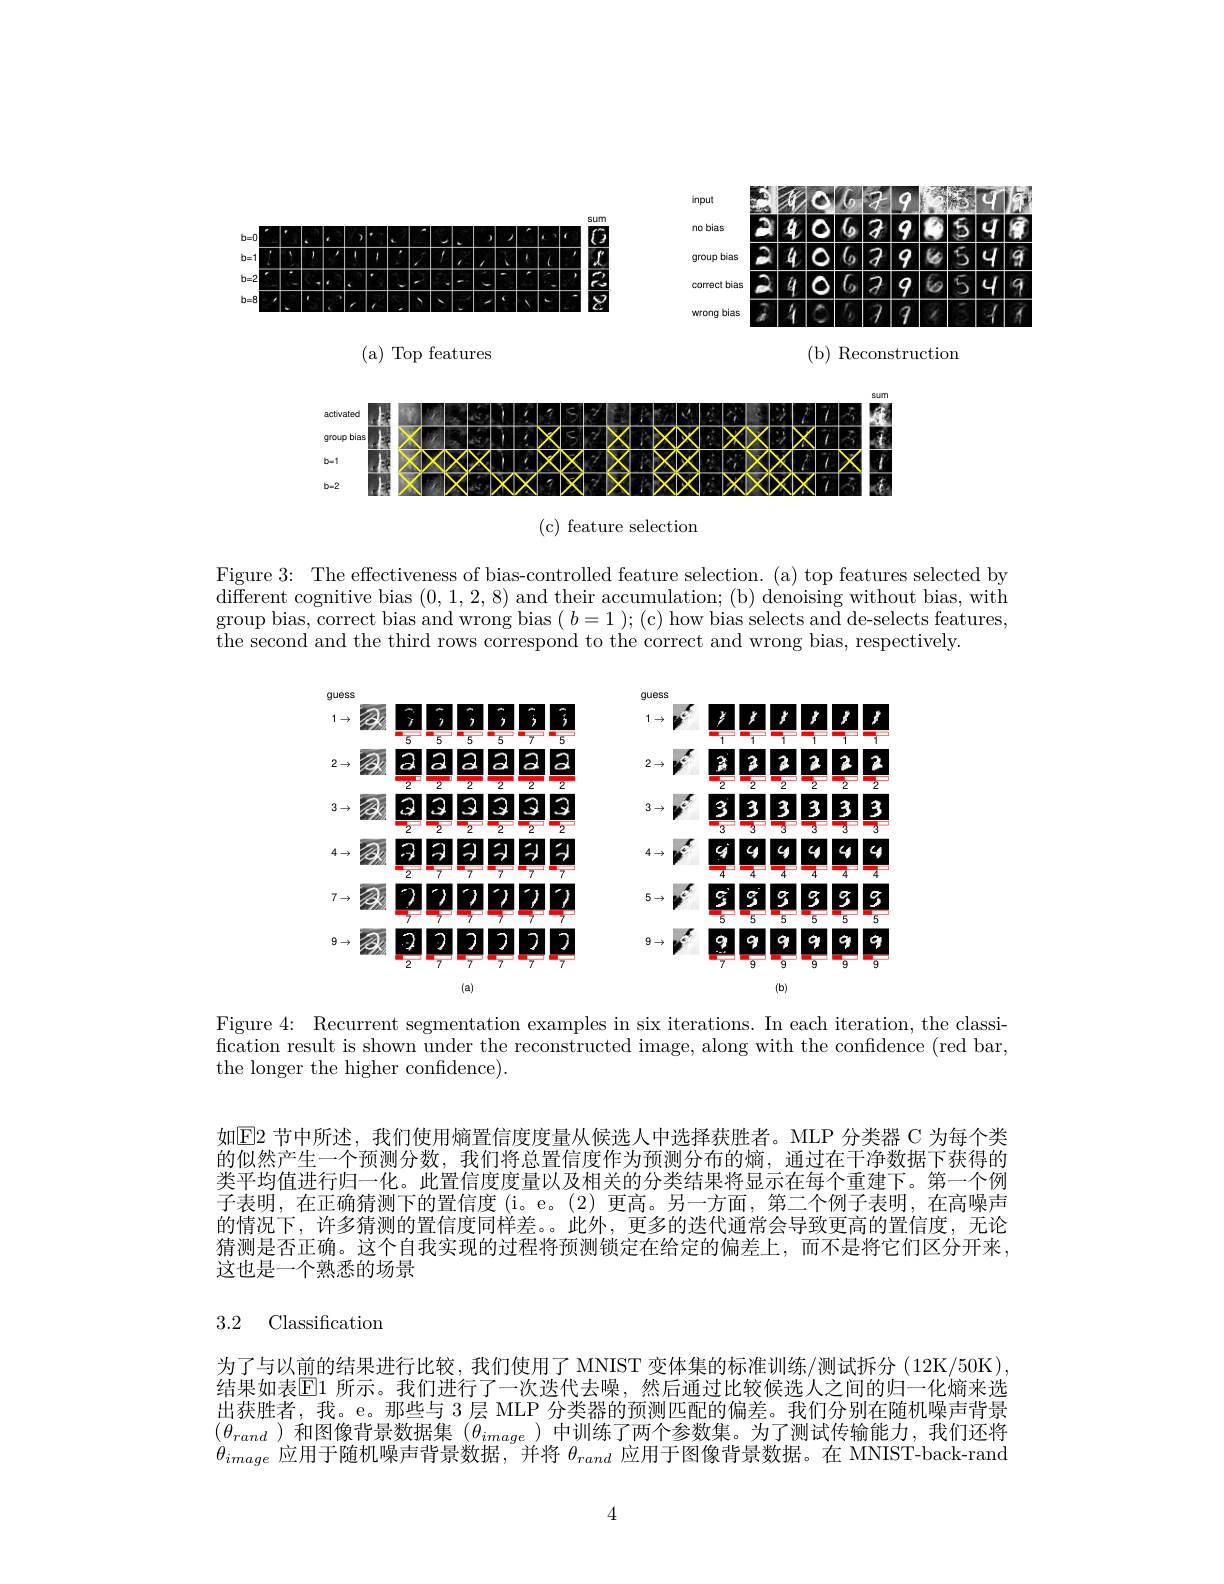
<FigureHere>

<FigureHere>

( a) Top features

( b) Reconstruction

<FigureHere>

( c) feature selection

Figure 3: The effectiveness of bias-controlled feature selection. (a) top features selected by $\bar{\text{different cognitive bias }}(0,1,2,8)$ and their accumulation; (b) denoising without bias, with group bias, correct bias and wrong bias ( b= 1 ) ; ( c) how bias selects and de- selects features, the second and the third rows correspond to the correct and wrong bias, respectively.

<FigureHere>

Figure 4: Recurrent segmentation examples in six iterations. In each iteration, the classification result is shown under the reconstructed image, along with the confidence (red bar, the longer the higher confidence).

如$\mathbb{E}$2 节中所述，我们使用熵置信度度量从候选人中选择获胜者。MLP 分类器 C 为每个类的似然产生一个预测分数，我们将总置信度作为预测分布的熵，通过在干净数据下获得的类平均值进行归一化。此置信度度量以及相关的分类结果将显示在每个重建下。第一个例子表明，在正确猜测下的置信度(i。e。(2)更高。另一方面，第二个例子表明，在高噪声的情况下，许多猜测的置信度同样差。。此外，更多的迭代通常会导致更高的置信度，无论猜测是否正确。这个自我实现的过程将预测锁定在给定的偏差上，而不是将它们区分开来， 这也是一个熟悉的场景

3.2 Classification
为了与以前的结果进行比较，我们使用了 MNIST 变体集的标准训练/测试拆分(12K/50K) 结果如表$\mathbb{E}$1 所示。我们进行了一次迭代去噪，然后通过比较候选人之间的归一化熵来选出获胜者，我。e。那些与 3 层 MLP 分类器的预测匹配的偏差。我们分别在随机噪声背景$(\theta_{rand})$和图像背景数据集$(\theta_image)$中训练了两个参数集。为了测试传输能力，我们还将$\theta_$应用于随机噪声背景数据，并将$\theta_rand$应用于图像背景数据。在 MNIST-back-rand

4